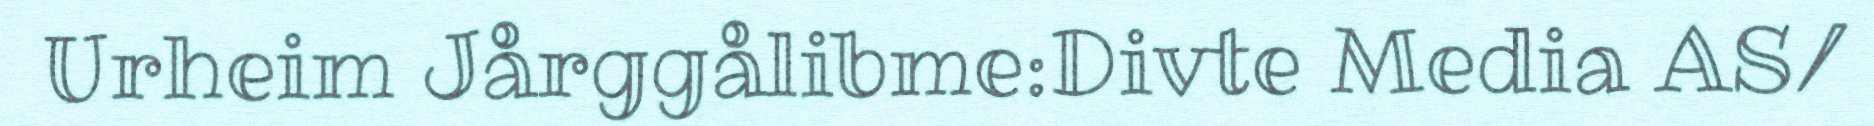
Urheim Jårggålibme:Divte Media AS/